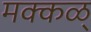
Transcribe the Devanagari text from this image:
मक्कळ्